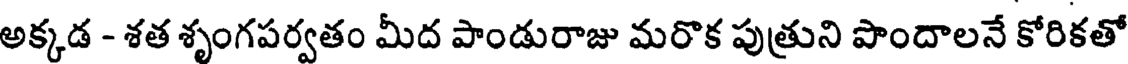
అక్కడ - శత శృంగపర్వతం మీద పాండురాజు మరొక పుత్రుని పొందాలనే కోరికతో